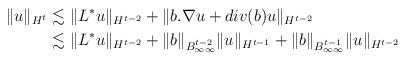
LaTeX: \begin{align*}\|u\|_{H^t} & \lesssim \|L^* u\|_{H^{t-2}} + \|b . \nabla u + div(b) u\|_{H^{t-2}} \\& \lesssim \|L^*u\|_{H^{t-2}} + \|b\|_{B^{t-2}_{\infty \infty}} \|u\|_{H^{t-1}} + \|b\|_{B^{t-1}_{\infty \infty}} \|u\|_{H^{t-2}}\end{align*}